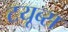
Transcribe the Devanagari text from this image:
टयूब्स